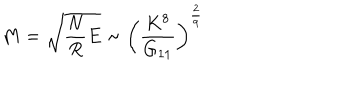
LaTeX: M = \sqrt { \frac { N } { R } E } \sim \left( \frac { K ^ { 8 } } { G _ { 1 1 } } \right) ^ { \frac { 2 } { 9 } }